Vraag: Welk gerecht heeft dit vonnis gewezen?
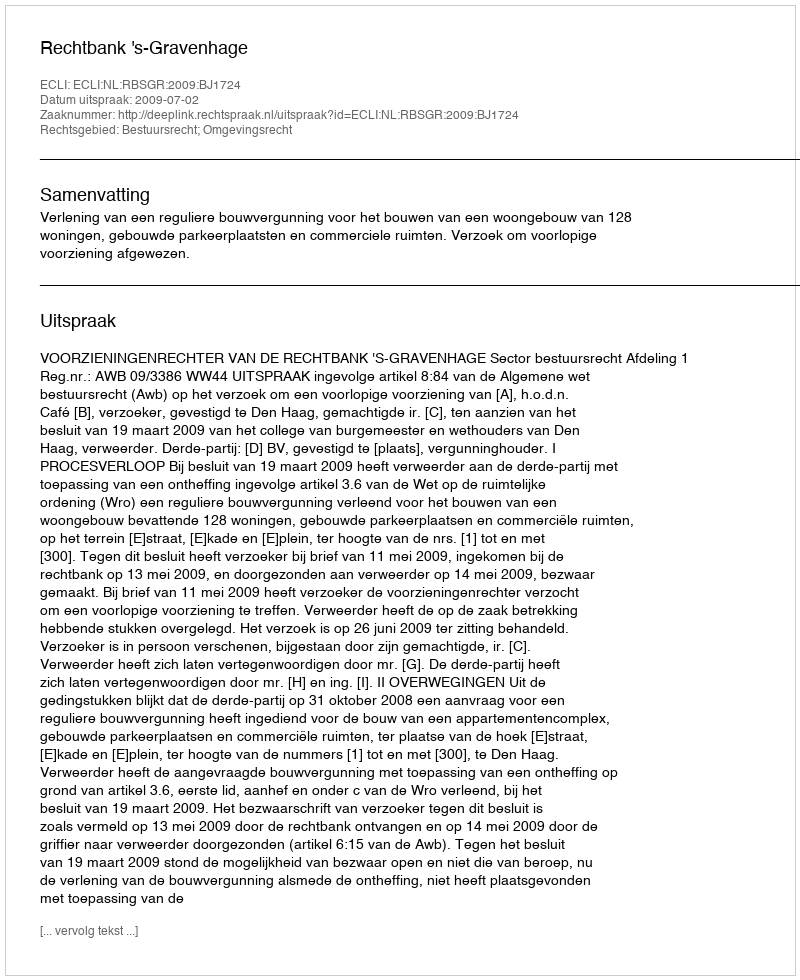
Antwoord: Rechtbank 's-Gravenhage